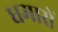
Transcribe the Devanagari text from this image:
धमारों